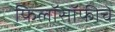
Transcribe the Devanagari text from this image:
फिलॉसॉफीचे